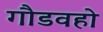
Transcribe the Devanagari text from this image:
गौडवहो